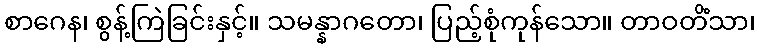
စာဂေန၊ စွန့်ကြဲခြင်းနှင့်။ သမန္နာဂတော၊ ပြည့်စုံကုန်သော။ တာဝတိံသာ၊